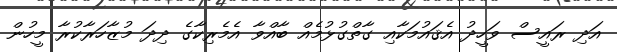
އަދި ރައީސް ވަހީދު އެޤައުމަކާއި ގާތްގުޅުމެއް ބާއްވާ އެމެރިކާގެ ދިދަ މުޒާހަރާކުރާ މީހުން